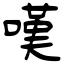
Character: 嘆